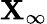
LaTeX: \mathbf{X}_{\infty}